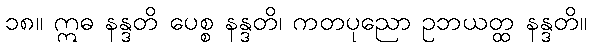
၁၈။ ဣဓ နန္ဒတိ ပေစ္စ နန္ဒတိ၊ ကတပုညော ဥဘယတ္ထ နန္ဒတိ။